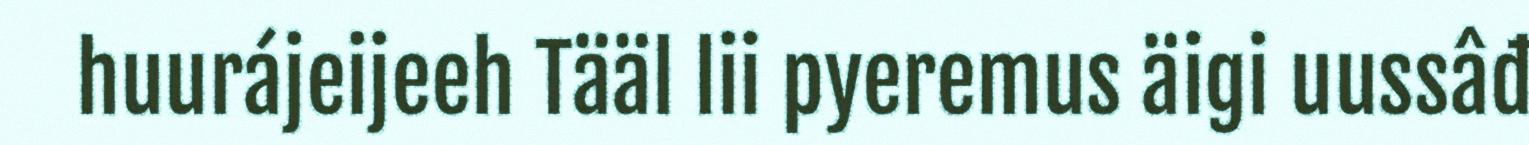
huurájeijeeh Tääl lii pyeremus äigi uussâđ